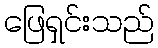
ဖြေရှင်းသည်